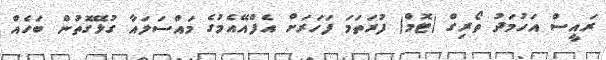
ރައީސް އަހުމަދު ތޯރިގް (ޓޮމް) ފުރަތަމަ ފަހަރަށް އެފްއޭއެމުގެ މައްސަަލައާ ގުޅޭގޮތުން ބަހެއް